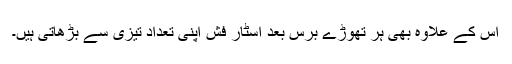
اس کے علاوہ بھی ہر تھوڑے برس بعد اسٹار فِش اپنی تعداد تیزی سے بڑھاتی ہیں۔